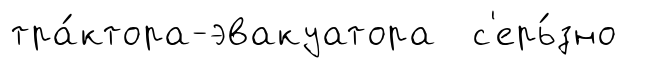
тра́ктора-эвакуатора с'ерь́зно